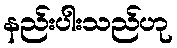
နည်းပါးသည်ဟု